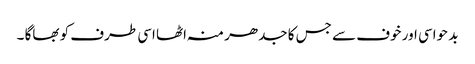
بد حواسی اور خوف سے جس کا جدھر منہ اٹھا اسی طرف کو بھاگا ۔